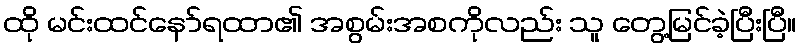
ထို မင်းထင်နော်ရထာ၏ အစွမ်းအစကိုလည်း သူ တွေ့မြင်ခဲ့ပြီးပြီ။